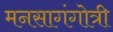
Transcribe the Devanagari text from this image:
मनसागंगोत्री